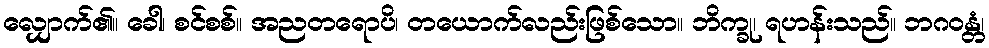
လျှောက်၏။ ခေါ၊ စင်စစ်။ အညတရောပိ၊ တယောက်လည်းဖြစ်သော။ ဘိက္ခု၊ ရဟန်းသည်။ ဘဂဝန္တံ၊